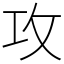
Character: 攻